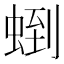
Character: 𧌼